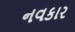
નવકાર